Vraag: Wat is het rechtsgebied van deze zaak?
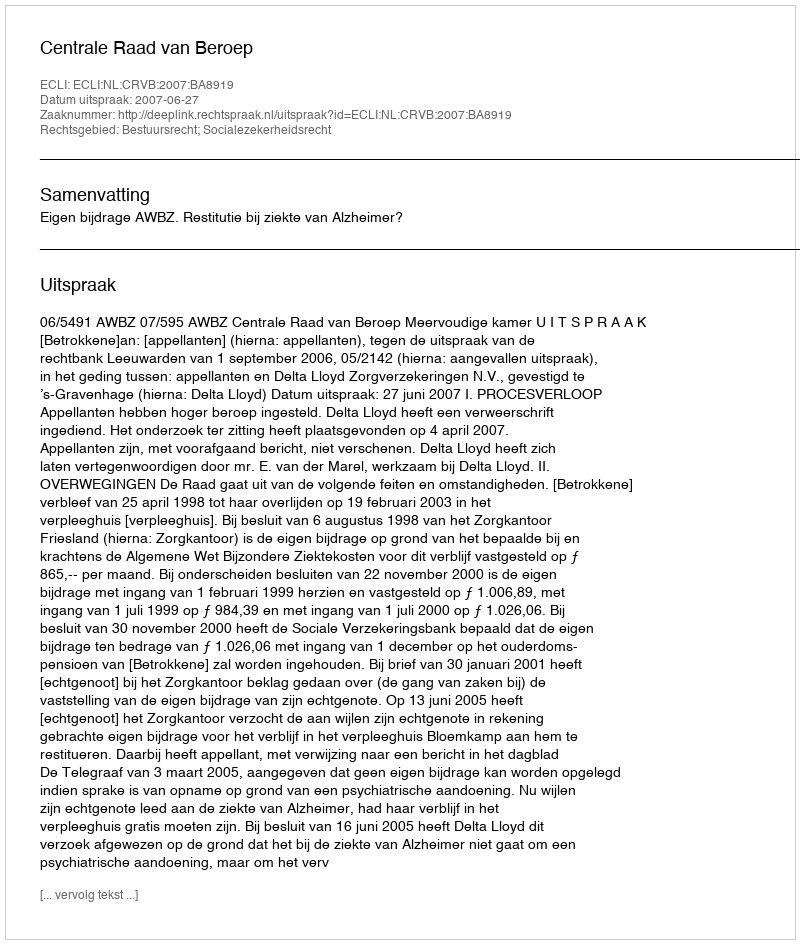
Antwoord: Bestuursrecht; Socialezekerheidsrecht